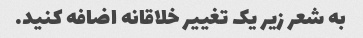
به شعر زیر یک تغییر خلاقانه اضافه کنید.